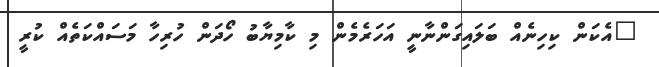
"އެކަން ކިހިނެއް ބަލައިގަންނާނީ އަހަރެމެން މި ކާމިޔާބު ހޯދަން ހުރިހާ މަސައްކަތެއް ކުރީ